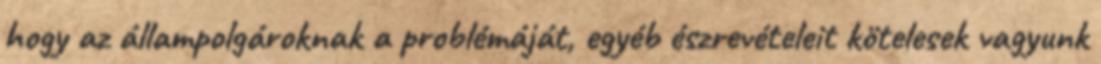
hogy az állampolgároknak a problémáját, egyéb észrevételeit kötelesek vagyunk